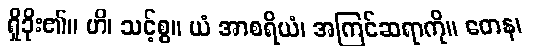
ရှိခိုး၏။ ဟိ၊ သင့်စွ။ ယံ အာစရိယံ၊ အကြင်ဆရာကို။ တေန၊